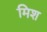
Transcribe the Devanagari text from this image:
मिश